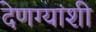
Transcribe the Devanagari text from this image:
देणग्यांशी